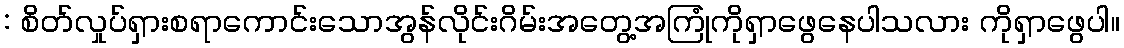
: စိတ်လှုပ်ရှားစရာကောင်းသောအွန်လိုင်းဂိမ်းအတွေ့အကြုံကိုရှာဖွေနေပါသလား ကိုရှာဖွေပါ။